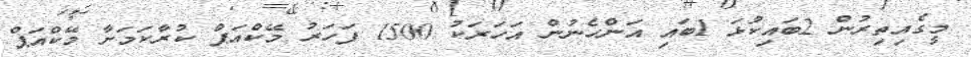
މީގެއިތިރުން 2ބައިކުޅަ 1ބައި އަންހެނުން އަހަރަކު 1500 ފަހަރު މޭކްއަޕް ކުރާކަމަށާ މޭކްއަޕް